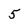
Character: 5